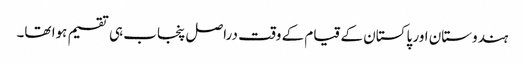
ہندوستان اور پاکستان کے قیام کے وقت دراصل پنجاب ہی تقسیم ہوا تھا۔